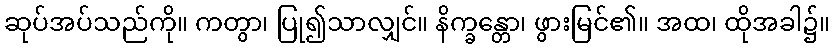
ဆုပ်အပ်သည်ကို။ ကတွာ၊ ပြု၍သာလျှင်။ နိက္ခန္တော၊ ဖွားမြင်၏။ အထ၊ ထိုအခါ၌။